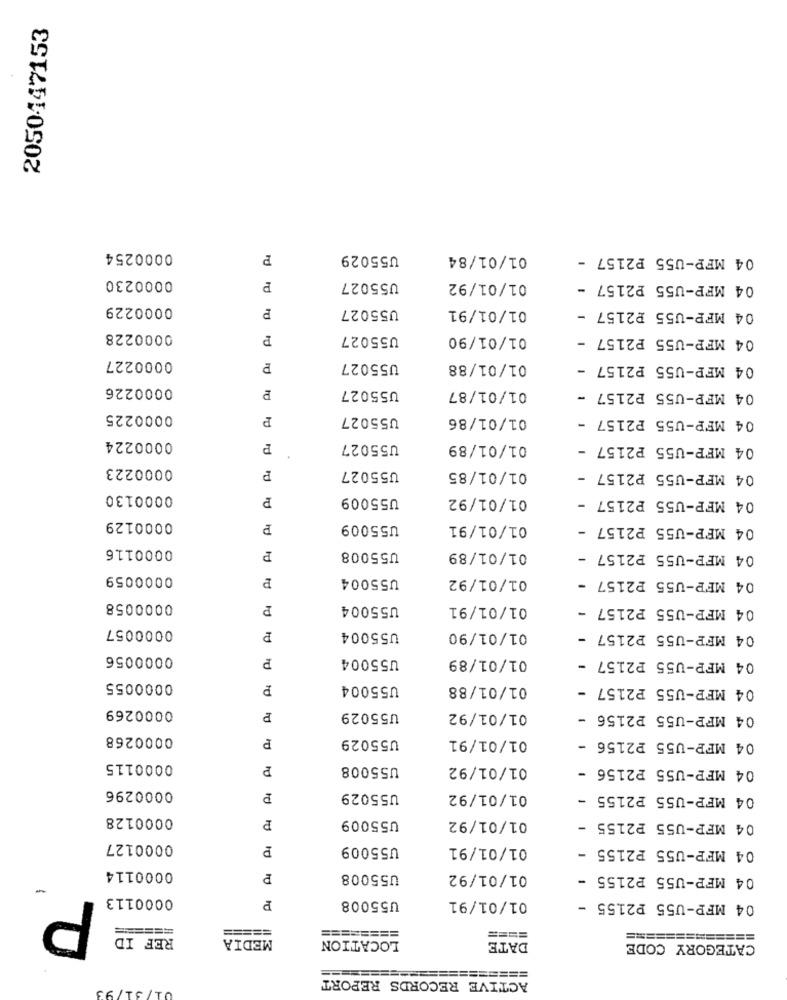
2050447153
0000254
P
U55029
01/01/84
04 MFP-U55 P2157
0000230
P
U55027
01/01/92
04 MFP-U55 P2157 -
0000229
P
U55027
01/01/91
04 MFP-U55 P2157
0000228
P
U55027
01/01/90
04 MFP-U55 P2157
0000227
P
U55027
01/01/88
04 MFP-U55 P2157 -
0000226
U55027
01/01/87
04 MFP-U55 P2157 -
0000225
P
U55027
01/01/86
04 MFP-U55 P2157 -
0000224
P
U55027
01/01/89
04 MFP-U55 P2157 -
0000223
P
U55027
01/01/85
04 MFP-U55 P2157 -
0000130
P
U55009
01/01/92
04 MFP-U55 P2157
0000129
P
U55009
01/01/91
04 MFP-U55 P2157 -
0000116
P
U55008
01/01/89
04 MFP-U55 P2157 -
0000059
P
U55004
01/01/92
04 MFP-U55 P2157
0000058
P
U55004
01/01/91
04 MFP-U55 P2157 -
0000057
U55004
01/01/90
04 MFP-U55 P2157 -
0000056
P
U55004
01/01/89
04 MFP-U55 P2157 -
0000055
₽
U55004
01/01/88
04 MFP-U55 P2157 -
0000269
P
U55029
01/01/92
04 MFP-U55 P2156 -
0000268
P
U55029
01/01/91
04 MFP-U55 P2156 -
0000115
P
U55008
01/01/92
04 MFP-U55 P2156 -
0000296
P
U55029
01/01/92
04 MFP-U55 P2155 -
0000128
U55009
01/01/92
04 MFP-U55 P2155 -
0000127
U55009
01/01/91
04 MFP-U55 P2155 -
rd
0000114
U55008
01/01/92
04 MFP-U55 P2155 -
10
0000113
P
U55008
01/01/91
04 MFP-U55 P2155 -
========
=====
========
REF ID
MEDIA
====
==========
LOCATION
DATE
CATEGORY CODE
===
=========
ACTIVE RECORDS REPORT
31/93